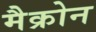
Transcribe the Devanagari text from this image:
मैक्रोन